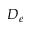
D _ { e }